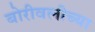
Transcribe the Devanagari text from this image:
बोरीवलीच्या